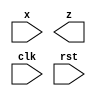
module seqdet (
    x,z,clk,rst
);
input x,clk,rst;
output z;
reg [2:0] state;
wire z;
parameter A =1 ;
endmodule